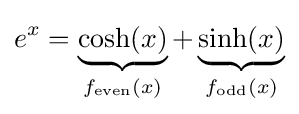
e^{x}=\underbrace {\cosh(x)} _{f_{\text{even}}(x)}+\underbrace {\sinh(x)} _{f_{\text{odd}}(x)}